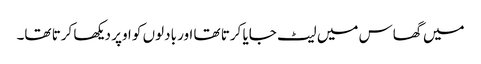
میں گھاس میں لیٹ جایا کرتا تھا اور بادلوں کو اوپر دیکھا کرتا تھا۔